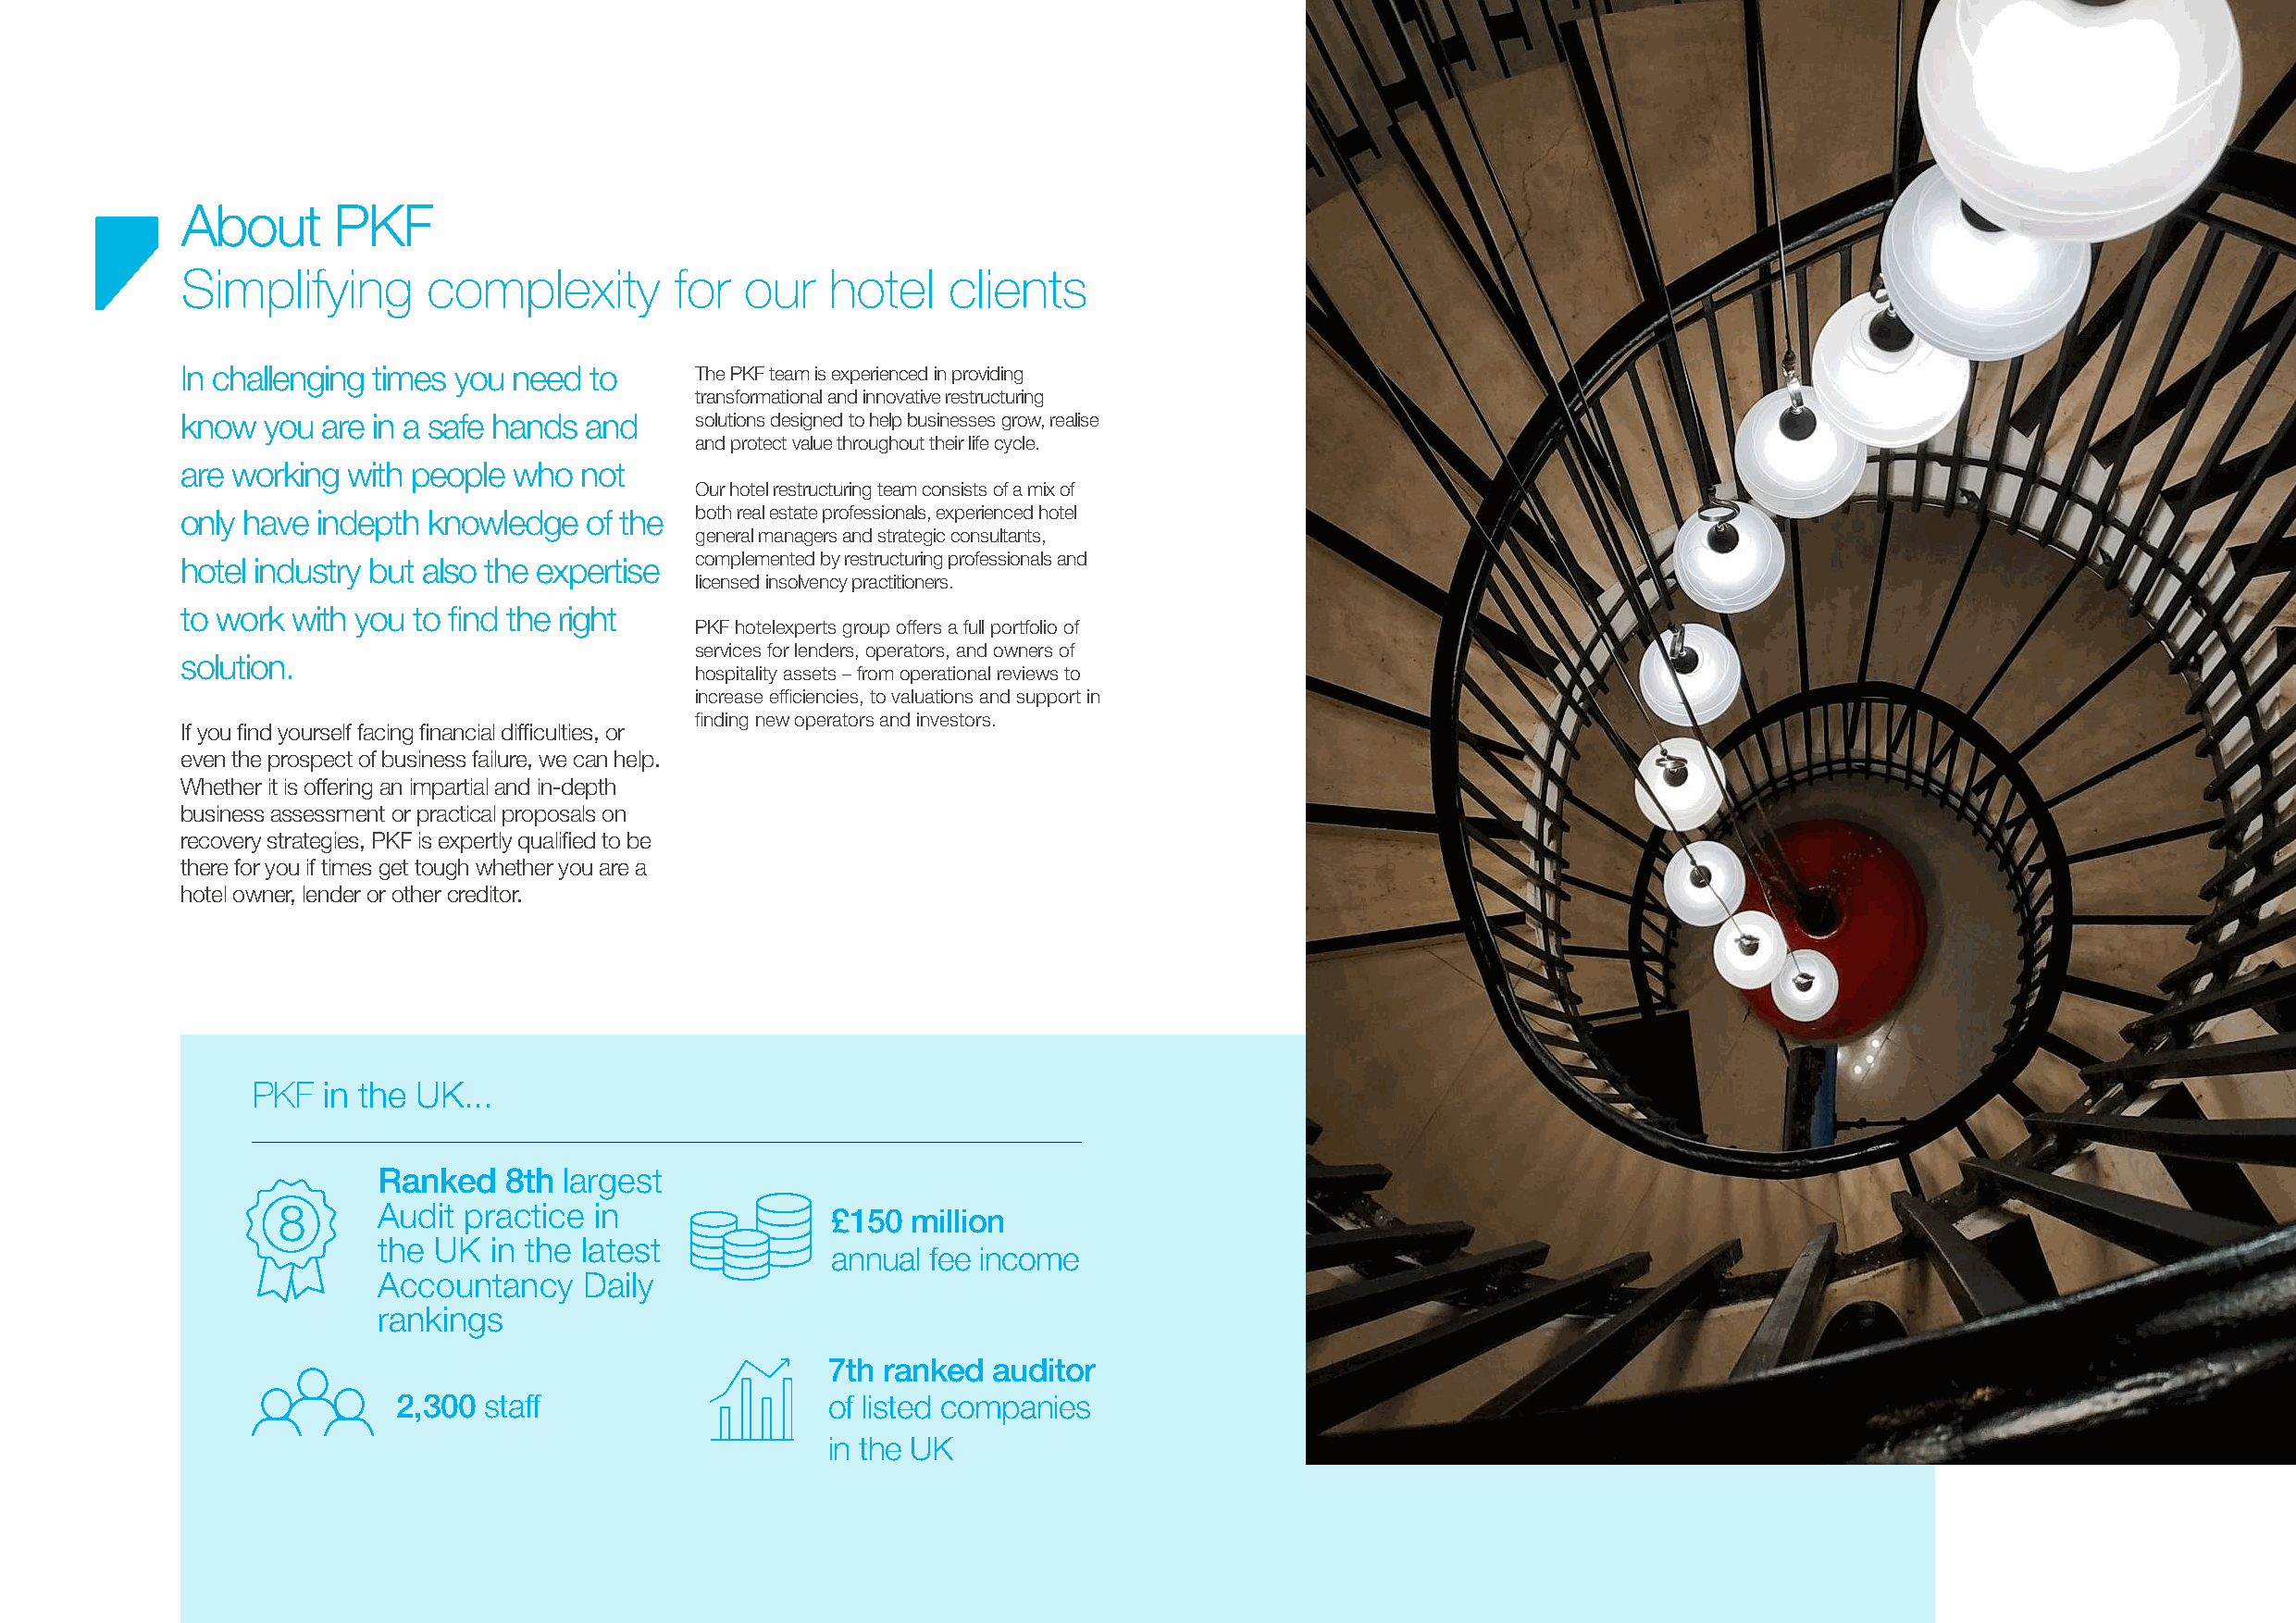
Will the bounce be high enough?
 About      PKF
 Simplifying       complexity       for  our   hotel    clients
 In challenging times you need to     The PKF team is experienced in providing
 transformational and innovative restructuring
 know  you are in a safe hands and    solutions designed to help businesses grow, realise
 and protect value throughout their life cycle.
 are working with people who not
 Our hotel restructuring team consists of a mix of
 only have indepth knowledge  of the  both real estate professionals, experienced hotel
 general managers and strategic consultants,
 hotel industry but also the expertise complemented by restructuring professionals and
 licensed insolvency practitioners.
 to work with you to find the right
 PKF hotelexperts group offers a full portfolio of
 services for lenders, operators, and owners of
 solution.
 hospitality assets – from operational reviews to
 increase efficiencies, to valuations and support in
 finding new operators and investors.
 If you find yourself facing financial difficulties, or
 even the prospect of business failure, we can help.
 Whether it is offering an impartial and in-depth
 business assessment or practical proposals on
 recovery strategies, PKF is expertly qualified to be
 there for you if times get tough whether you are a
 hotel owner, lender or other creditor.
 PKF  in the UK...
 Ranked   8th largest
 8      Audit practice in               £150  million
 the UK  in the latest
 annual fee income
 Accountancy    Daily
 rankings
 7th ranked  auditor
 2,300  staff                   of listed companies
 in the UK